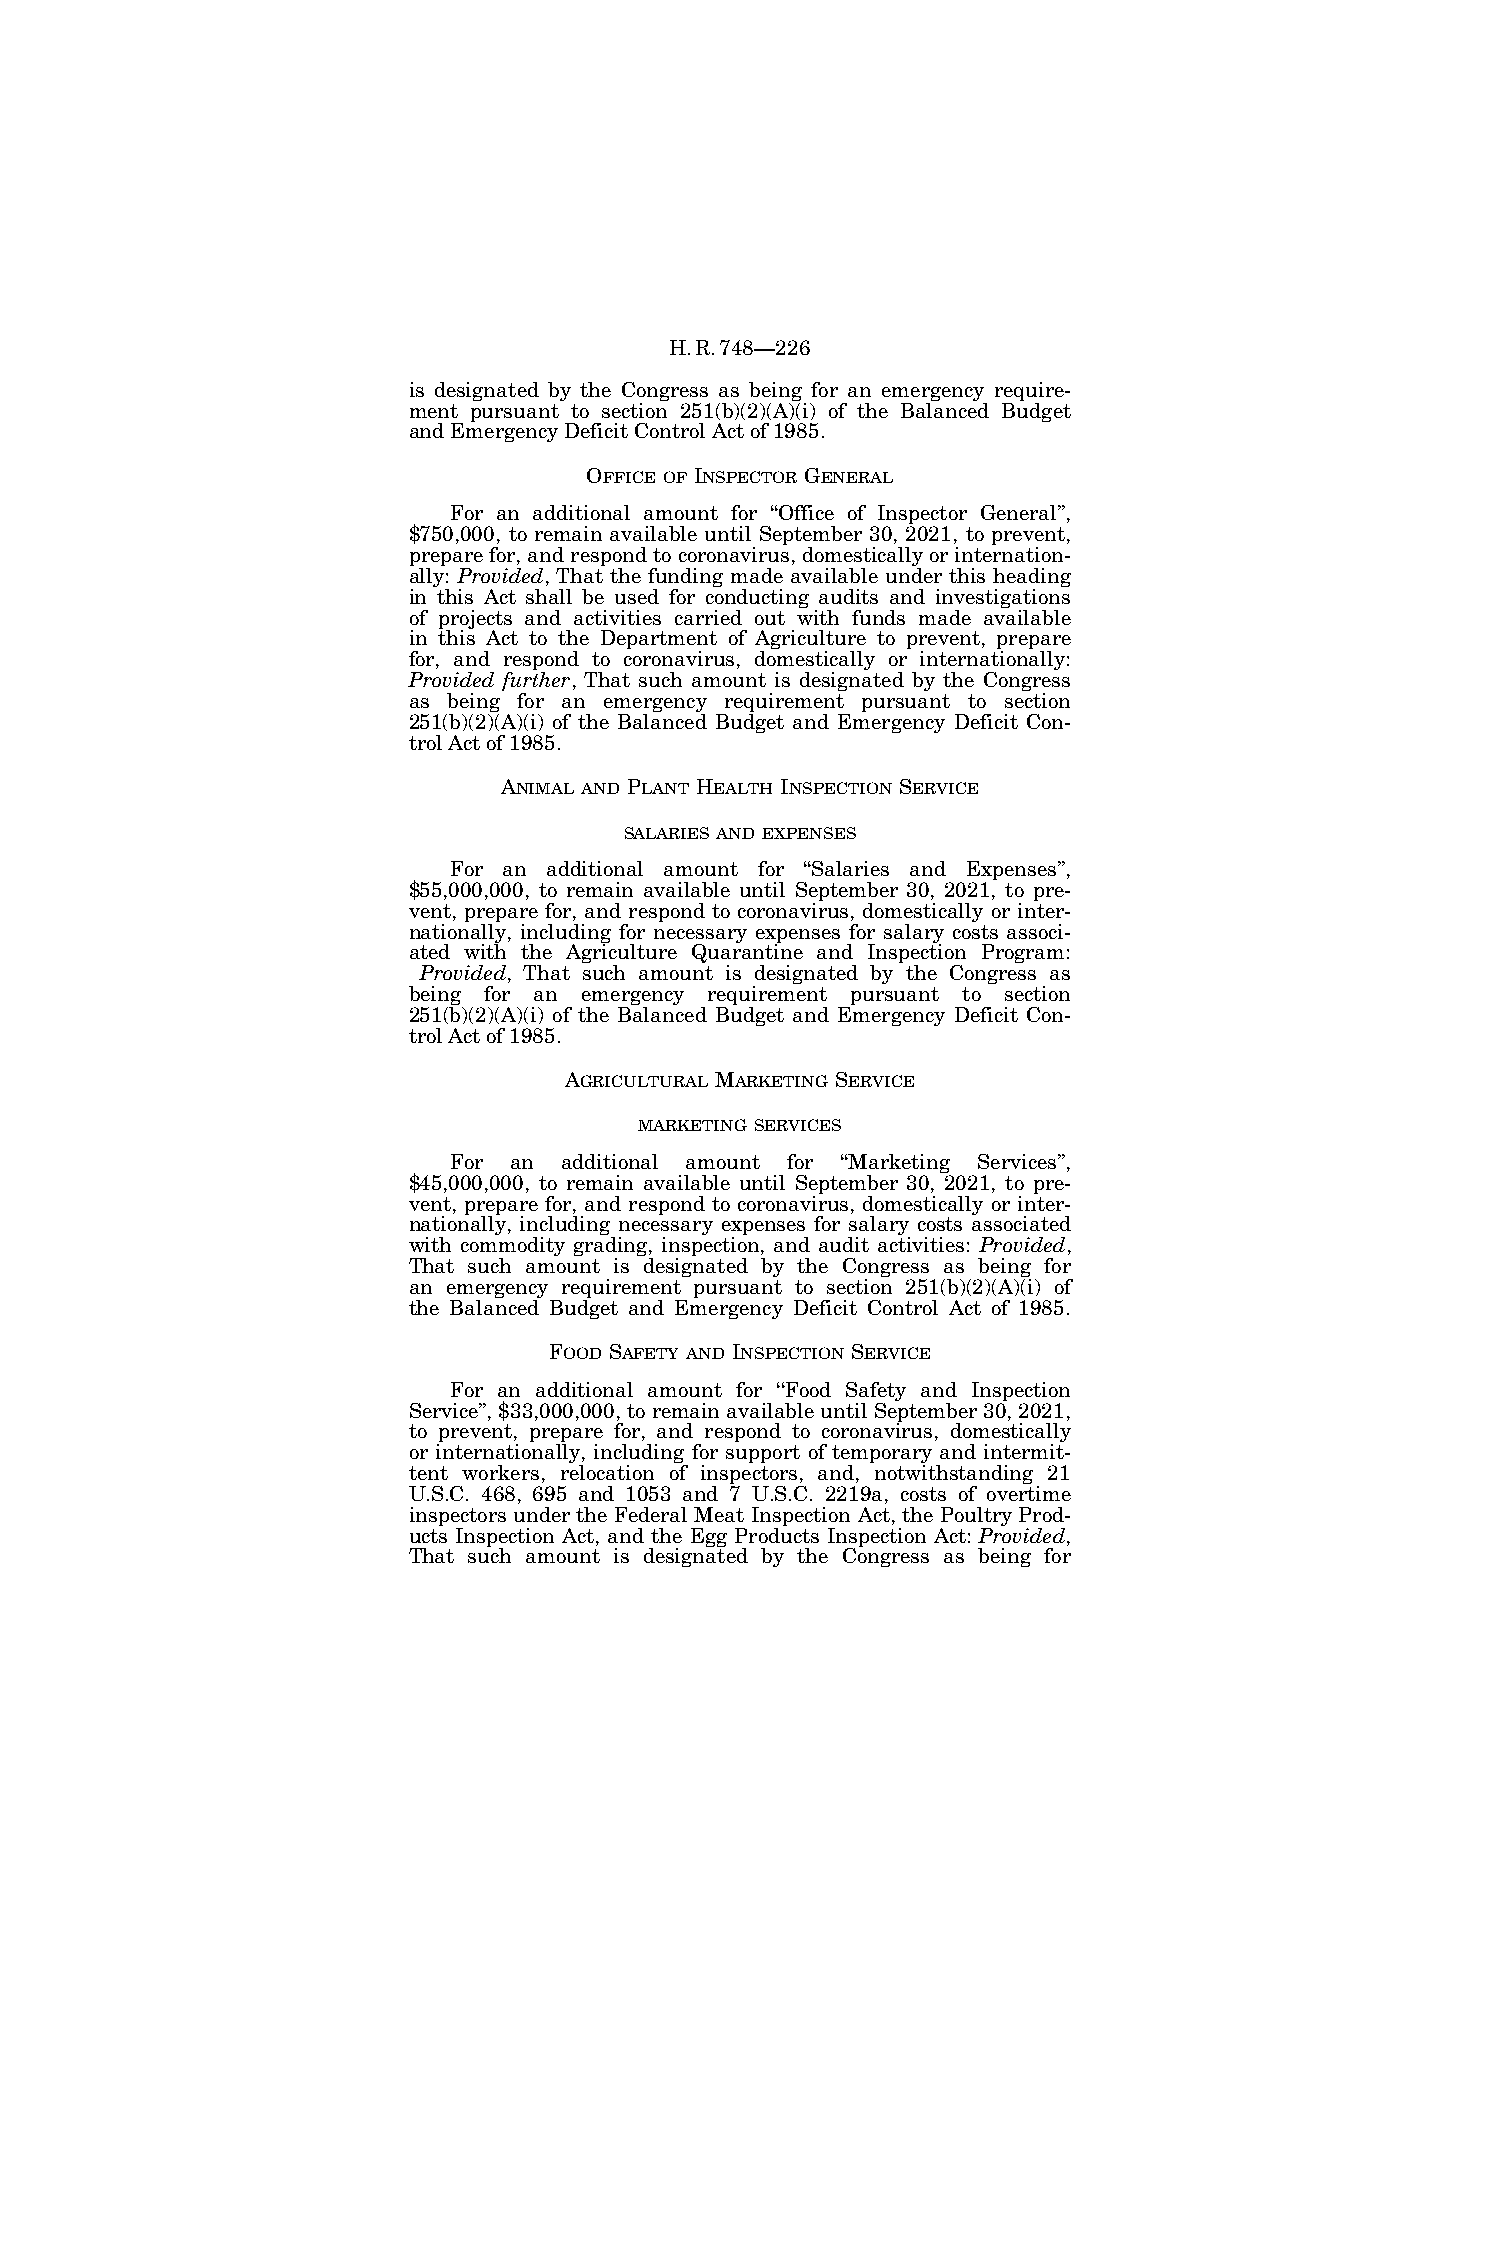
H.R.748—226
 is designated by the Congress as being for an emergency require-
 ment pursuant to section 251(b)(2)(A)(i) of the Balanced Budget
 and Emergency Deficit Control Act of 1985.
 OFFICE OF INSPECTOR GENERAL
 For an additional amount for ‘‘Office of Inspector General’’,
 $750,000, to remain available until September 30, 2021, to prevent,
 prepare for, and respond to coronavirus, domestically or internation-
 ally: Provided, That the funding made available under this heading
 in this Act shall be used for conducting audits and investigations
 of projects and activities carried out with funds made available
 in this Act to the Department of Agriculture to prevent, prepare
 for, and respond to coronavirus, domestically or internationally:
 Provided further, That such amount is designated by the Congress
 as being for an emergency requirement pursuant to section
 251(b)(2)(A)(i) of the Balanced Budget and Emergency Deficit Con-
 trol Act of 1985.
 ANIMAL AND PLANT HEALTH INSPECTION SERVICE
 SALARIES AND EXPENSES
 For an additional amount for ‘‘Salaries and Expenses’’,
 $55,000,000, to remain available until September 30, 2021, to pre-
 vent, prepare for, and respond to coronavirus, domestically or inter-
 nationally, including for necessary expenses for salary costs associ-
 ated with the Agriculture Quarantine and Inspection Program:
 Provided, That such amount is designated by the Congress as
 being for an emergency requirement pursuant to section
 251(b)(2)(A)(i) of the Balanced Budget and Emergency Deficit Con-
 trol Act of 1985.
 AGRICULTURAL MARKETING SERVICE
 MARKETING SERVICES
 For an additional amount for ‘‘Marketing Services’’,
 $45,000,000, to remain available until September 30, 2021, to pre-
 vent, prepare for, and respond to coronavirus, domestically or inter-
 nationally, including necessary expenses for salary costs associated
 with commodity grading, inspection, and audit activities: Provided,
 That such amount is designated by the Congress as being for
 an emergency requirement pursuant to section 251(b)(2)(A)(i) of
 the Balanced Budget and Emergency Deficit Control Act of 1985.
 FOOD SAFETY AND INSPECTION SERVICE
 For an additional amount for ‘‘Food Safety and Inspection
 Service’’, $33,000,000, to remain available until September 30, 2021,
 to prevent, prepare for, and respond to coronavirus, domestically
 or internationally, including for support of temporary and intermit-
 tent workers, relocation of inspectors, and, notwithstanding 21
 U.S.C. 468, 695 and 1053 and 7 U.S.C. 2219a, costs of overtime
 inspectors under the Federal Meat Inspection Act, the Poultry Prod-
 ucts Inspection Act, and the Egg Products Inspection Act: Provided,
 That such amount is designated by the Congress as being for